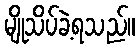
မျိုသိပ်ခဲ့ရသည်။